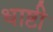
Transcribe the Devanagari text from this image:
धाष्टी